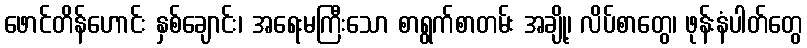
ဖောင်တိန်ဟောင်း နှစ်ချောင်း၊ အရေးမကြီးသော စာရွက်စာတမ်း အချို့၊ လိပ်စာတွေ၊ ဖုန်းနံပါတ်တွေ